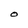
Character: O